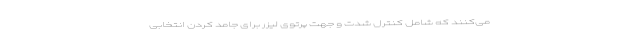
می‌کنند که شامل کنترل شدت و جهت پرتوی لیزر برای جامد کردن انتخابی